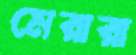
মেরারা